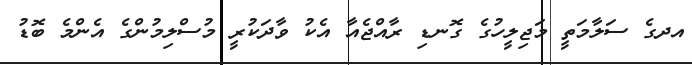
އދގެ ސަލާމަތީ މަޖިލީހުގެ ގޮނޑި ރާއްޖެއާ އެކު ވާދަކުރީ މުސްލިމުންގެ އެންމެ ބޮޑު